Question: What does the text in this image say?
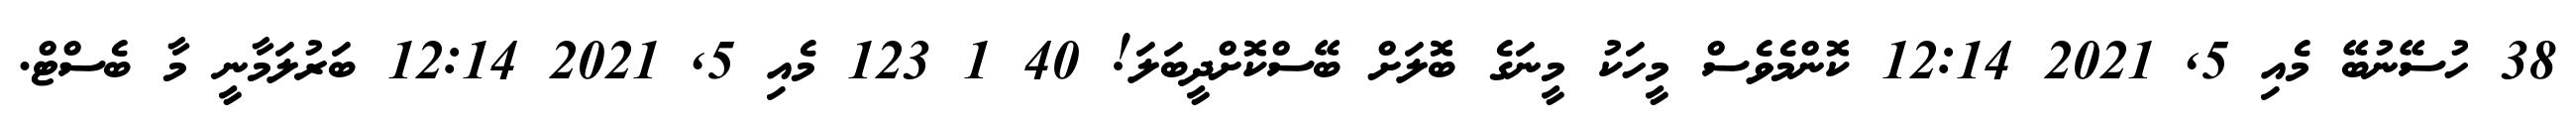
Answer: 38 ހުސޭނުބޭ މެއި 5, 2021 12:14 ކޮންމެވެސް މީހަކު މީނަގެ ބޮލަށް ބޭސްކޮށްދީބަލަ! 40 1 123 މެއި 5, 2021 12:14 ބަރުލަމާނީ މާ ބެސްޓް.